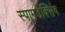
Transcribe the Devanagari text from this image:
स्पामडेक्सिंग